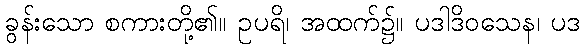
ခွန်းသော စကားတို့၏။ ဥပရိ၊ အထက်၌။ ပဒါဒိဝသေန၊ ပဒ